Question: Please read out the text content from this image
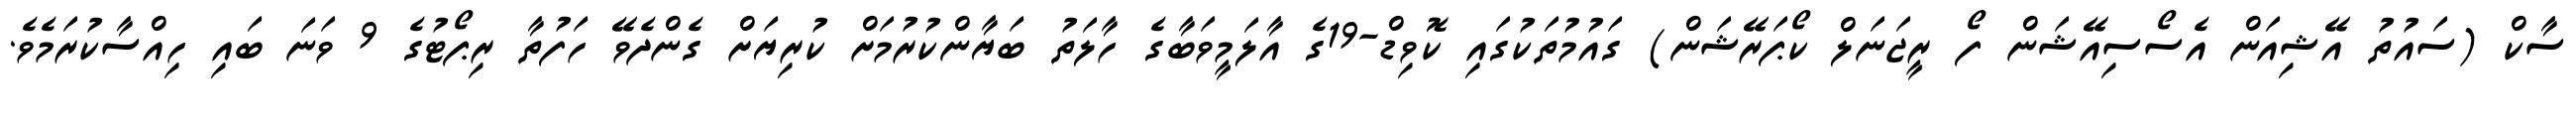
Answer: ސާކް (ސައުތު އޭޝިއަން އެސޯސިއޭޝަން ފޯ ރީޖަނަލް ކޯޕަރޭޝަން) ގައުމުތަކުގައި ކޮވިޑް-19ގެ އާލަމީވަބާގެ ހާލަތު ބަޔާންކުރުމަށް ކުރިޔަށް ގެންދެވޭ ހަފުތާ ރިޕޯޓުގެ 9 ވަނަ ބައި ހިއްސާކުރަމެވެ.